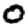
Digit: 0